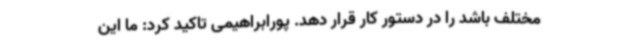
مختلف باشد را در دستور کار قرار دهد. پورابراهیمی تاکید کرد: ما این